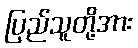
ပြည်သူတို့အား